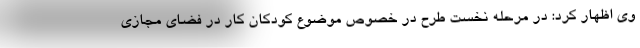
وی اظهار کرد: در مرحله نخست طرح در خصوص موضوع کودکان کار در فضای مجازی